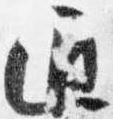
通